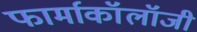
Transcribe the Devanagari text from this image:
फार्माकॉलॉजी